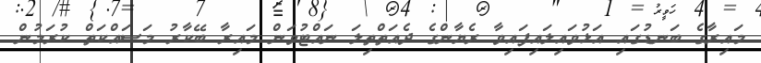
މައިރާގެ ބަނޑުގައި އަޅުވައިލައިފައިވާ ރެޔާންގެ ދެއަތްތިލަ ނައްޓުވަން މައިރާ ބޭކާރު މަސައްކަތް ކުރަމުން